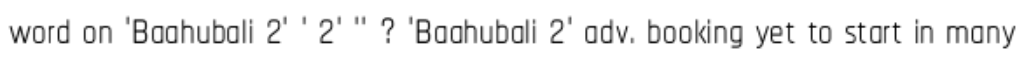
word on 'Baahubali 2' ' 2' '' ? 'Baahubali 2' adv. booking yet to start in many